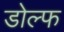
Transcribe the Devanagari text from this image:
डोल्फ